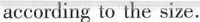
according to the size.